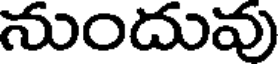
నుందువు